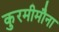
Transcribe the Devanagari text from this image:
कुरमीमौना